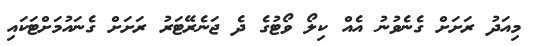
މިއަދު ރަށަށް ގެނެވުނު އެއް ކިލޯ ވޯޓުގެ ދެ ޖަނެރޭޓަރު ރަށަށް ގެނައުމަށްޓަކައި